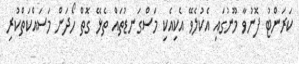
ކަރަންޓު ފޮނުވާ މޫނުގައި އެކުލެވޭ އެކިއެކި މަސްގަނޑުތައް ތެޅޭ ގޮތް ހޯދަން މަސައްކަތްކުރި